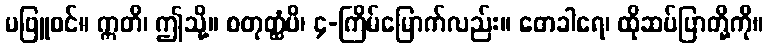
မဖြူစင်။ ဣတိ၊ ဤသို့။ စတုတ္ထံပိ၊ ၄-ကြိမ်မြောက်လည်း။ တေခါရေ၊ ထိုဆပ်ပြာတို့ကို။